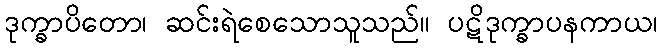
ဒုက္ခာပိတော၊ ဆင်းရဲစေသောသူသည်။ ပဋိဒုက္ခာပနကာယ၊